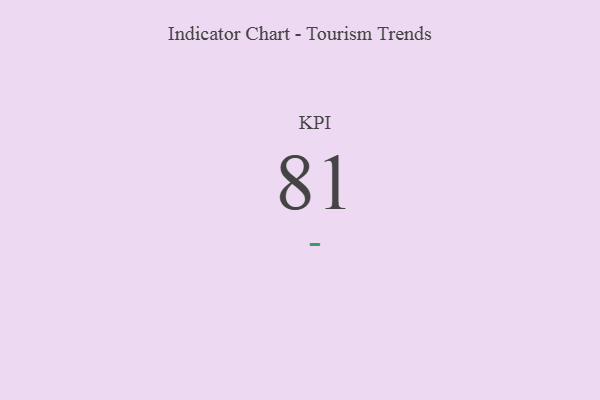
{"axis": {"x": "KPI", "y": "Value"}, "legend": [""], "data": [{"x": "KPI", "y": 81, "type": ""}]}